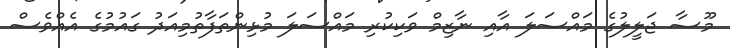
މޫސާ ޖަލީލުގެ މައްސަލަ އާއި ނާޒިމް ވަކިކުރި މައްސަލަ މުޅިންތަފާތުމިއަދު ގައުމުގެ އެއްވެސް